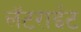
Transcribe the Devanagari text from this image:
लॅटराईट